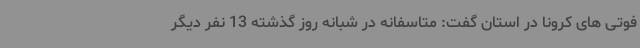
فوتی های کرونا در استان گفت: متاسفانه در شبانه روز گذشته 13 نفر دیگر